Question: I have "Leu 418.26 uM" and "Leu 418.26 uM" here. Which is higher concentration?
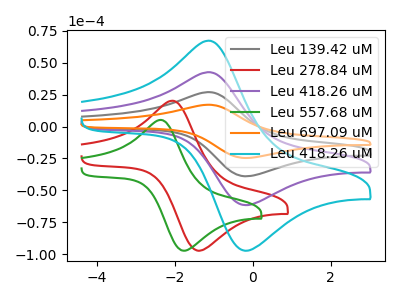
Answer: <think>The gray curve "Leu 139.42 uM" has an anodic peak at (-1.15V, 85.20uA) and a cathodic peak at (-0.20V, -123.40uA). The red curve "Leu 278.84 uM" has an anodic peak at (-2.10V, 20.20uA) and a cathodic peak at (-1.40V, -97.45uA). The purple curve "Leu 418.26 uM" has an anodic peak at (-1.15V, 42.60uA) and a cathodic peak at (-0.20V, -61.70uA). The green curve "Leu 557.68 uM" has an anodic peak at (-2.40V, 5.15uA) and a cathodic peak at (-1.75V, -97.45uA). The orange curve "Leu 697.09 uM" has an anodic peak at (-1.15V, 127.80uA) and a cathodic peak at (-0.20V, -185.10uA). The cyan curve "Leu 418.26 uM" has an anodic peak at (-1.15V, 67.30uA) and a cathodic peak at (-0.20V, -97.45uA).
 All the peaks in "Leu 418.26 uM" have a peak in "Leu 418.26 uM" at the same potential. Every peak in "Leu 418.26 uM" is higher than every peak in "Leu 418.26 uM".</think>
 <answer>"Leu 418.26 uM" has more signal than "Leu 418.26 uM" and so likely has a higher concentration.</answer>
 <eval>more_concentration</eval>